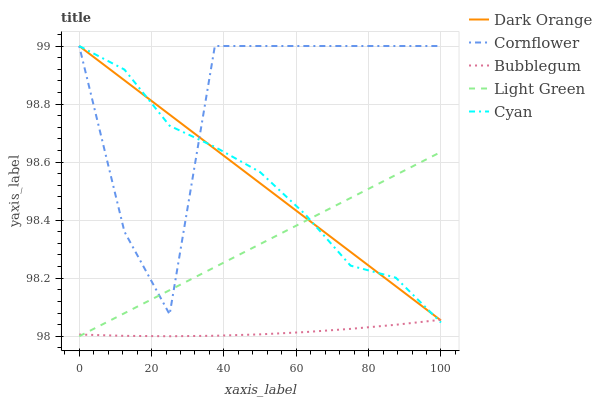
| xaxis_label | Dark Orange | Cornflower | Bubblegum | Light Green | Cyan |
 | --- | --- | --- | --- | --- | --- |
 | 0 | 99 | 99 | 98 | 98 | 99 |
 | 12.5 | 98.9 | 98.4 | 98 | 98.1 | 98.9 |
 | 25 | 98.8 | 98.1 | 98 | 98.2 | 98.7 |
 | 37.5 | 98.6 | 99 | 98 | 98.2 | 98.7 |
 | 50 | 98.5 | 99 | 98 | 98.3 | 98.6 |
 | 62.5 | 98.4 | 99 | 98 | 98.4 | 98.4 |
 | 75 | 98.3 | 99 | 98 | 98.5 | 98.2 |
 | 87.5 | 98.2 | 99 | 98 | 98.6 | 98.2 |
 | 100 | 98.1 | 99 | 98.1 | 98.6 | 98 |